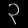
Digit: ၃